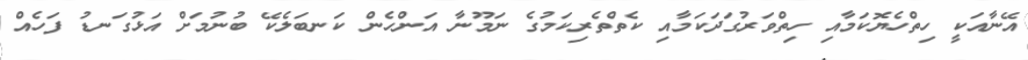
އޭނާއަކީ ހިތްހެޔޮކަމާއި ހިތްވަރުގަދަކަމާއި ކެތްތެރިކަމުގެ ނަމޫނާ އަންހެން ކަނބަލެކޭ ބުނުމަށް އަޅުގަނޑު ފަހެއް